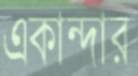
একান্দার